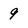
Character: 9